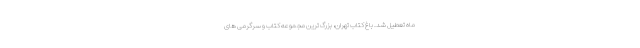
‌ماه تعطیل شد. باغ کتاب تهران، بزرگ ترین مجموعه کتاب و سرگرمی های